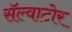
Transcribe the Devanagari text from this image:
सॅल्वाटोर